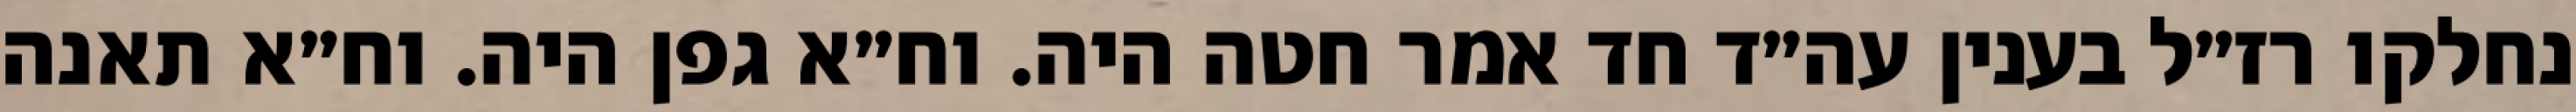
נחלקו רז״ל בענין עה״ד חד אמר חטה היה. וח״א גפן היה. וח״א תאנה